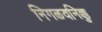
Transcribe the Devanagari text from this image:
निगळवनिक्कु